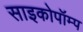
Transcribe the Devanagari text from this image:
साइकोपॉम्प